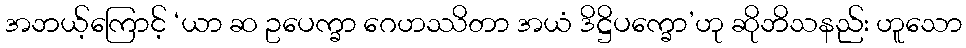
အဘယ့်ကြောင့် ‘ယာ ဆ ဥပေက္ခာ ဂေဟဿိတာ အယံ ဒိဋ္ဌိပက္ခော’ဟု ဆိုဘိသနည်း ဟူသော